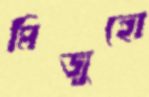
মিজুহো